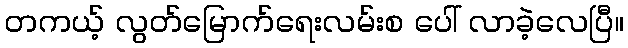
တကယ့် လွတ်မြောက်ရေးလမ်းစ ပေါ် လာခဲ့လေပြီ။